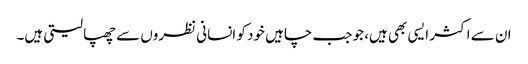
ان سے اکثر ایسی بھی ہیں، جو جب چاہیں خود کو انسانی نظروں سے چھپا لیتی ہیں۔